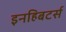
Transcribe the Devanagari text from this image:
इनहिबटर्स